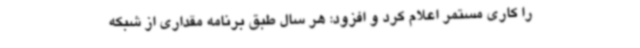
را کاری مستمر اعلام کرد و افزود: هر سال طبق برنامه مقداری از شبکه